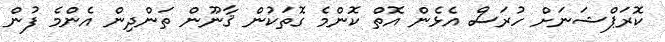
ކޮރަޕްޝަނަށް ހުރަސް އެޅެން އޮތް ކޮންމެ ގޮތަކުން ޤާނޫން ތަންދިން އެންމެ ފުން